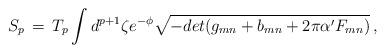
LaTeX: \begin{align*}S_p \, = \, T_p \int d^{p + 1} \zeta e^{- \phi} \sqrt{- det(g_{mn} + b_{mn} + 2 \pi \alpha' F_{mn})}\,,\end{align*}